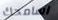
اسامحك